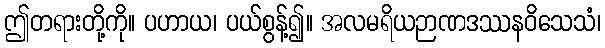
ဤတရားတို့ကို။ ပဟာယ၊ ပယ်စွန့်၍။ အလမရိယဉာဏဒဿနဝိသေသံ၊